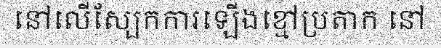
នៅលើស្បែកការឡើងខ្មៅប្រតាក នៅ